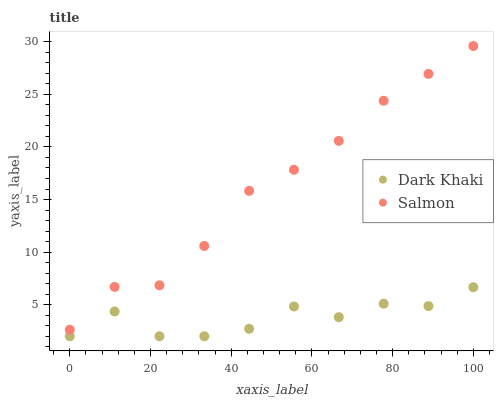
| xaxis_label | Dark Khaki | Salmon |
 | --- | --- | --- |
 | 0 | 2 | 2.62 |
 | 11.1 | 4.36 | 6.69 |
 | 22.2 | 2 | 6.84 |
 | 33.3 | 2 | 10.6 |
 | 44.4 | 2.71 | 15.8 |
 | 55.6 | 4.83 | 17.8 |
 | 66.7 | 3.81 | 20.6 |
 | 77.8 | 5.1 | 24.4 |
 | 88.9 | 4.87 | 26.9 |
 | 100 | 6.66 | 29.6 |